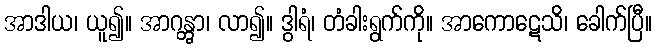
အာဒါယ၊ ယူ၍။ အာဂန္တွာ၊ လာ၍။ ဒွါရံ၊ တံခါးရွက်ကို။ အာကောဋေသိ၊ ခေါက်ပြီ။